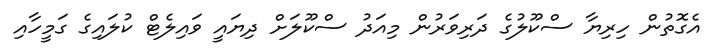
އެގޮތުން ހިރިޔާ ސްކޫލުގެ ދަރިވަރުން މިއަދު ސްކޫލަށް ދިޔައީ ވައިލެޓް ކުލައިގެ ގަމީހާއި